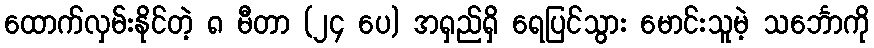
ထောက်လှမ်းနိုင်တဲ့ ၈ မီတာ (၂၄ ပေ) အရှည်ရှိ ရေပြင်သွား မောင်းသူမဲ့ သင်္ဘောကို